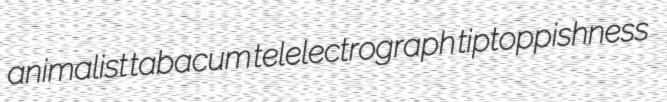
animalist tabacum telelectrograph tiptoppishness